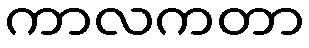
ကာလကတာ